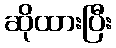
ဆိုထားပြီး